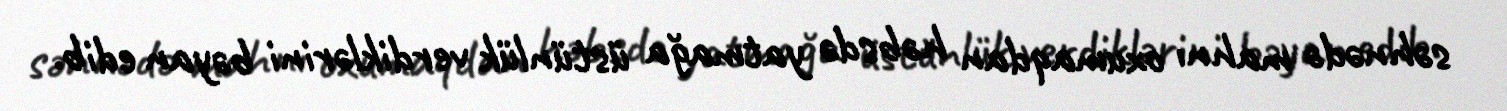
səhnədə mahnı oxumaqdan həbsdə yatmağa üstünlük verdiklərini bəyan edib.